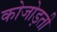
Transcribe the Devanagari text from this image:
कोजोड़ती